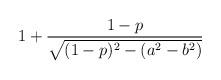
LaTeX: \begin{align*}1+ {1 - p \over \sqrt{(1-p)^2-(a^2-b^2)}}\end{align*}